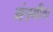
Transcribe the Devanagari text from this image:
मंत्रगीता